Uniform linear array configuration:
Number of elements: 12
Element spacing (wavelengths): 0.75
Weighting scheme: binomial
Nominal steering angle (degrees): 15
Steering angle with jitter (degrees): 14.98
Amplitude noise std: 0.05
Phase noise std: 0.05

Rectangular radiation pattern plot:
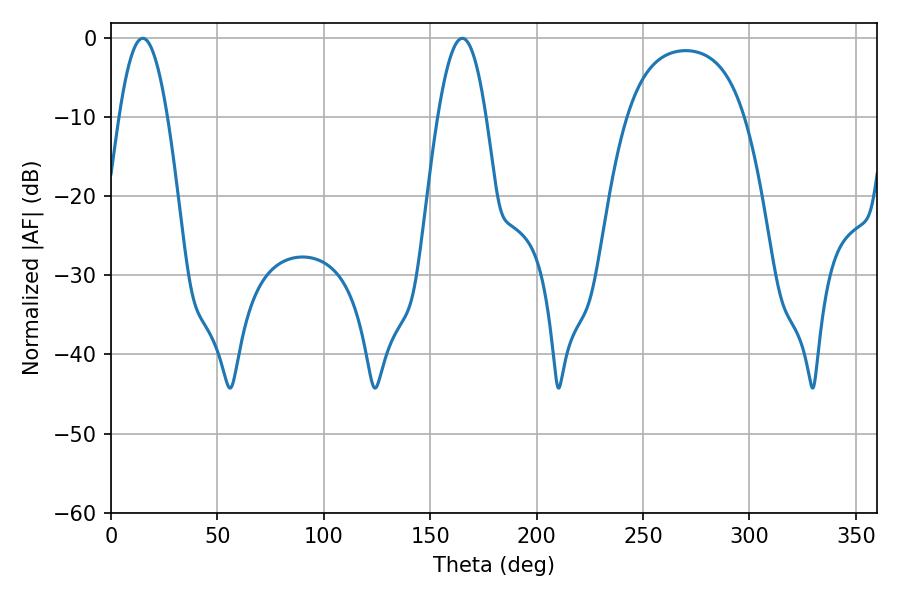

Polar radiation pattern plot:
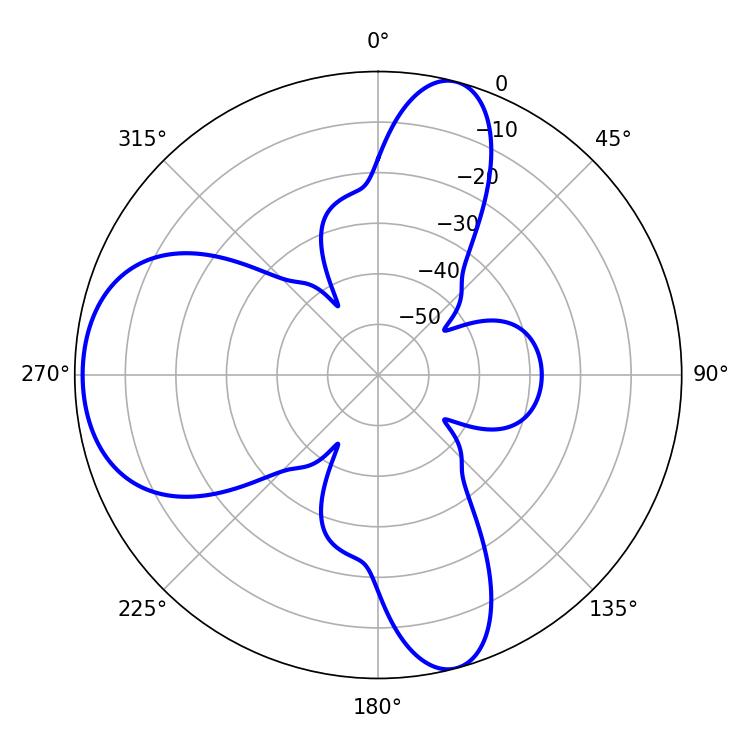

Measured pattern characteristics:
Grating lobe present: TRUE
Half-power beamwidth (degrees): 12.42
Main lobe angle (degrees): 14.94